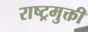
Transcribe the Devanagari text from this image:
राष्ट्रमुक्ती